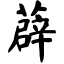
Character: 薜